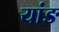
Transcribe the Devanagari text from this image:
यांङ